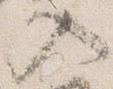
入